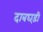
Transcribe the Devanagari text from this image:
दाबघड़ी